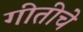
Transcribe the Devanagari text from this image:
गीतीचे